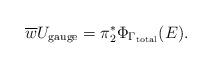
LaTeX: \begin{align*}\overline{w}U_{{\rm gauge}} = \pi^{*}_{2}\Phi_{\Gamma_{{\rm total}}}(E).\end{align*}